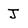
Character: J